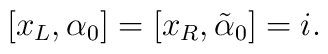
[ x_L, \alpha_0 ] = [x_R, \tilde\alpha_0] = i.